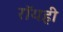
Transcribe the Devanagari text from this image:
रॉयही